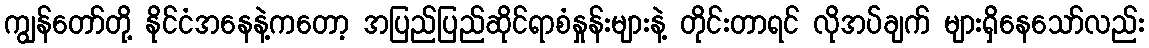
ကျွန်တော်တို့ နိုင်ငံအနေနဲ့ကတော့ အပြည်ပြည်ဆိုင်ရာစံနှုန်းများနဲ့ တိုင်းတာရင် လိုအပ်ချက် များရှိနေသော်လည်း